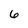
Character: 6